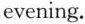
evening.